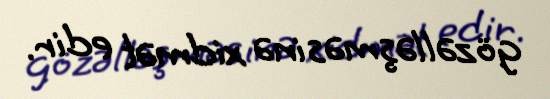
gözəlləşməsinə xidmət edir.